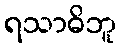
ရသာဓိဘူ